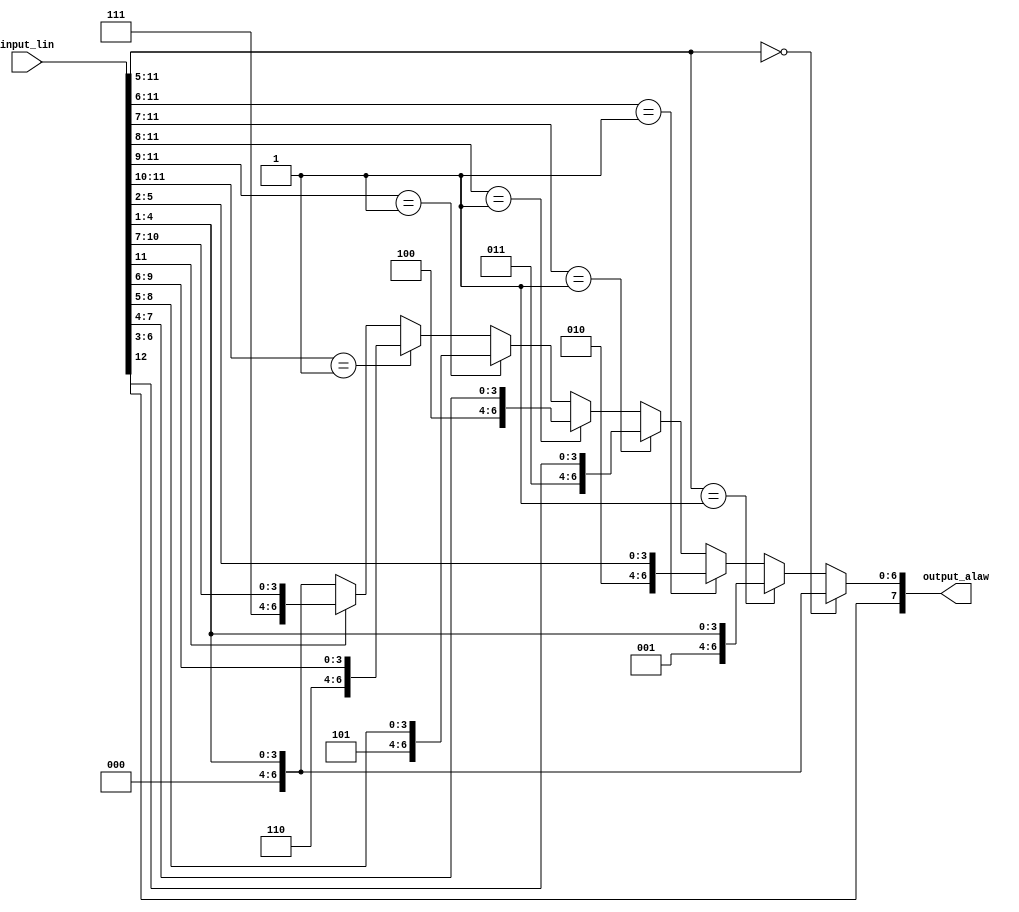
module alaw_coder(input_lin, output_alaw);

input [12:0] input_lin;
output [7:0] output_alaw;

reg [6:0] output_unsigned;

always @(input_lin) begin
    if (input_lin[11:5] == 7'b000_0000) begin
        output_unsigned = {3'b000, input_lin[4:1]};
    end
    else if (input_lin[11:5] == 7'b000_0001) begin
        output_unsigned = {3'b001, input_lin[4:1]};
    end 
    else if (input_lin[11:6] == 6'b00_0001) begin
        output_unsigned = {3'b010, input_lin[5:2]};
    end 
    else if (input_lin[11:7] == 5'b0_0001) begin
        output_unsigned = {3'b011, input_lin[6:3]};
    end 
    else if (input_lin[11:8] == 4'b0001) begin
        output_unsigned = {3'b100, input_lin[7:4]};
    end 
    else if (input_lin[11:9] == 3'b001) begin
        output_unsigned = {3'b101, input_lin[8:5]};
    end 
    else if (input_lin[11:10] == 2'b01) begin
        output_unsigned = {3'b110, input_lin[9:6]};
    end 
    else if (input_lin[11] == 1'b1) begin
        output_unsigned = {3'b111, input_lin[10:7]};
    end 
    else begin
        output_unsigned = {3'b000, input_lin[4:1]};
    end
end

assign output_alaw = {input_lin[12], output_unsigned};

endmodule